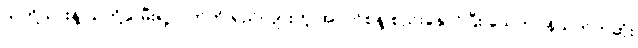
သတို့သားနဲ့ သတို့သမီးရဲ့လက်ကို ရှည်လျားတဲ့ အဝတ်စနဲ့ စည်းနှောင်ပြီး သေတပန်သက်တဆုံး